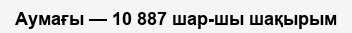
Аумағы — 10 887 шар­шы шақырым